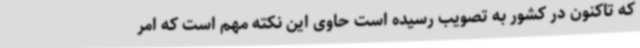
که تاکنون در کشور به تصویب رسیده است حاوی این نکته مهم است که امر